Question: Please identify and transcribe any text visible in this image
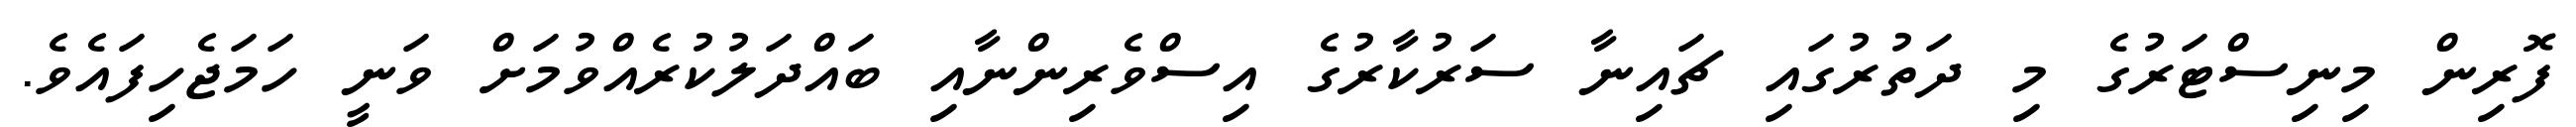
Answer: ފޮރިން މިނިސްޓަރުގެ މި ދަތުރުގައި ޗައިނާ ސަރުކާރުގެ އިސްވެރިންނާއި ބައްދަލުކުރެއްވުމަށް ވަނީ ހަމަޖެހިފައެވެ.